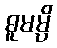
ဓူမမ္ပိ